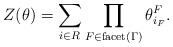
\begin{align*}Z(\theta) = \sum\limits_{i \in R} \prod\limits_{F \in \mathrm{facet}(\Gamma) } \theta^{F}_{i_{F}}.\end{align*}